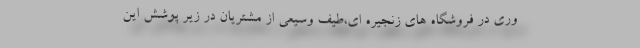
وری در فروشگاه های زنجیره ای،طیف وسیعی از مشتریان در زیر پوشش این